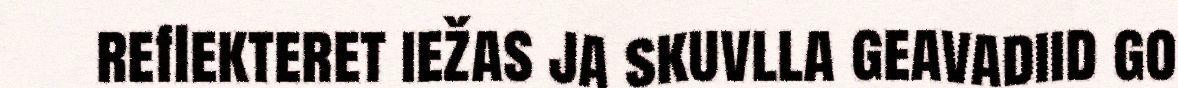
reflekteret iežas ja skuvlla geavadiid go